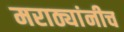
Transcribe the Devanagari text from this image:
मराठ्यांनीच